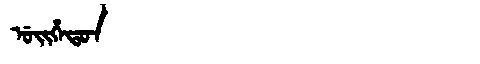
Manchu: ᡠᡳᡥᡝᡨᠣᠨ
Romanization: UIHETON